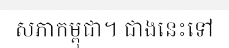
សភាកម្ពុជា។ ជាងនេះទៅ